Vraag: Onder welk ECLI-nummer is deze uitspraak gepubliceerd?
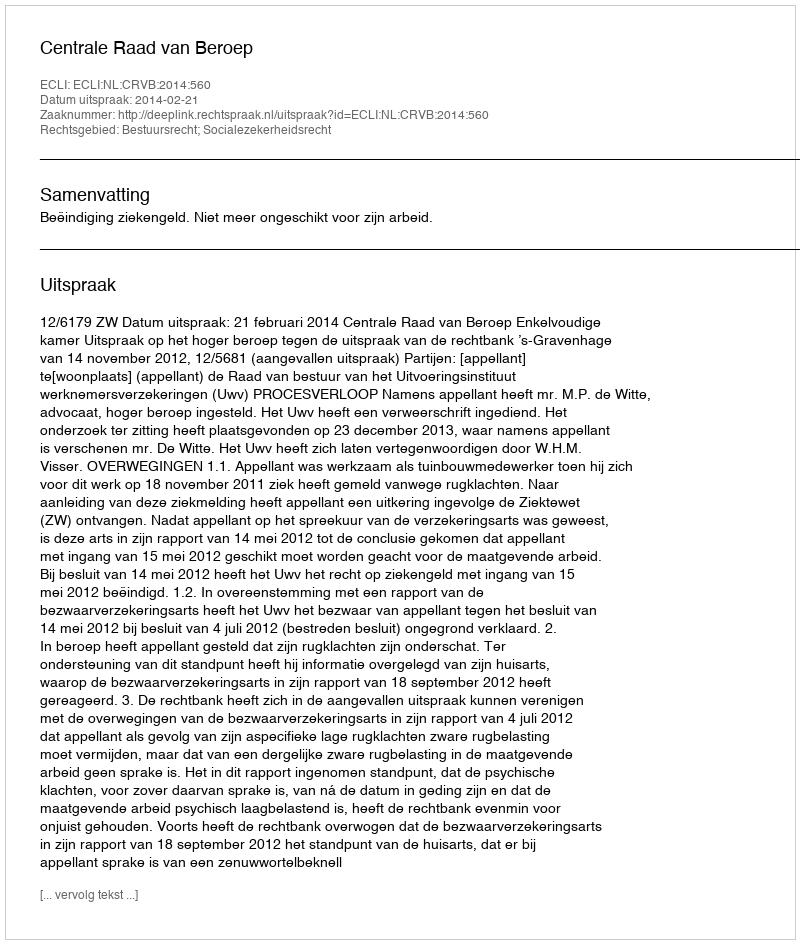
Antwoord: ECLI:NL:CRVB:2014:560